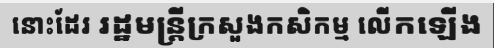
នោះដែរ រដ្ឋមន្ត្រីក្រសួងកសិកម្ម លើកឡើង